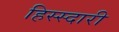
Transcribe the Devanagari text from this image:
हिस्स्दारी